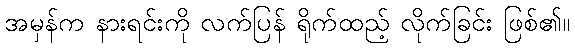
အမှန်က နားရင်းကို လက်ပြန် ရိုက်ထည့် လိုက်ခြင်း ဖြစ်၏။